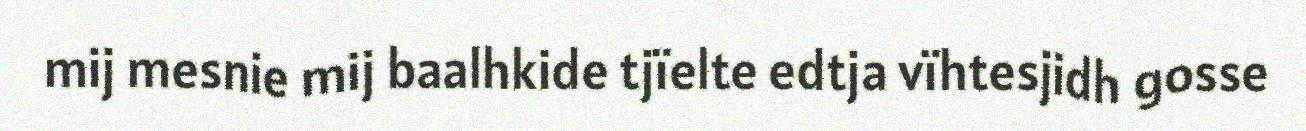
mij mesnie mij baalhkide tjïelte edtja vïhtesjidh gosse